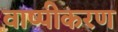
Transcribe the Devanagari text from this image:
वाष्‍पीकरण